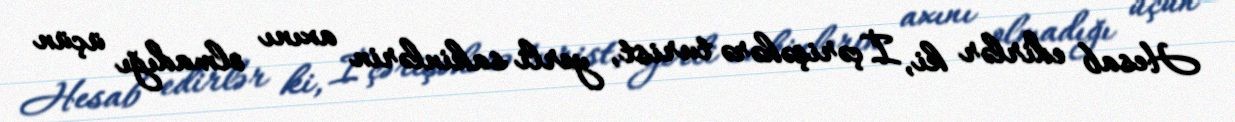
Hesab edirlər ki, İçərişəhərə turist, yerli sakinlərin axını olmadığı üçün